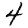
Digit: 4